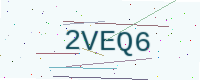
Text: 2VEQ6